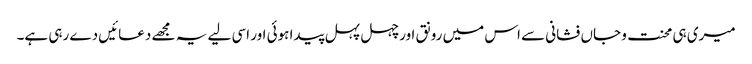
میری ہی محنت و جاں فشانی سے اس میں رونق اور چہل پہل پیدا ہوئی اور اسی لیے یہ مجھے دعائیں دے رہی ہے۔